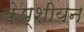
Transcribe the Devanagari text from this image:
केप्शीयन